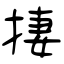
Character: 捿